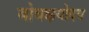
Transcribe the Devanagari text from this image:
बोधक्षयोदय